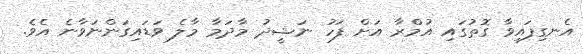
އެނގިފައިވާ ގޮތުގައި އުމްރާ އަށް ފަހު ނަޝީދު މާދަމާ މާލެ ވަޑައިގަންނަވާނެ އެވެ.